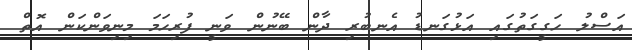
އަސްލު ހަގީގަތުގައި އަޅުގަނޑު އެނބުރި ދާން ބޭނުން ވަނީ ފުރިހަމަ މިނިވަންކަން އޮތް